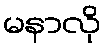
မနာလို